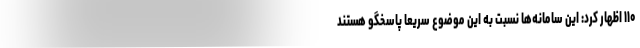
۱۱۰ اظهار کرد: این سامانه‌ها نسبت به این موضوع سریعا پاسخگو هستند